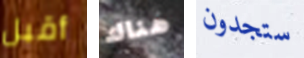
أقبل هناك ستجدون